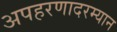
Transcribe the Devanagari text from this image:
अपहरणादरम्यान